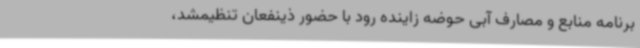
برنامه منابع و مصارف آبی حوضه زاینده رود با حضور ذینفعان تنظیمشد،